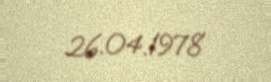
26.04.1978